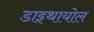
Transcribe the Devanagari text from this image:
डाइथायोल